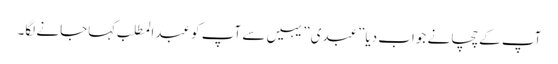
آپ کے چچا نے جواب دیا”عبدی” یہیں سے آپ کو عبدالمطلب کہاجانے لگا۔